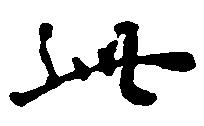
此